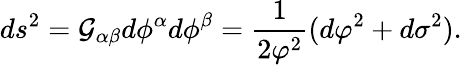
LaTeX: ds^{2}={\cal G}_{\alpha\beta}d\phi^{\alpha}d\phi^{\beta}=\frac{1}{2\varphi^{2}}(d\varphi^{2}+d\sigma^{2}).